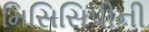
મિસિસિપીની